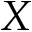
X